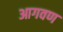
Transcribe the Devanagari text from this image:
आगवण